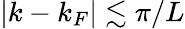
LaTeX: |k-k_{F}|\lesssim\pi/L